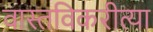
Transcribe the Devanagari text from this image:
वास्तविकरीत्या